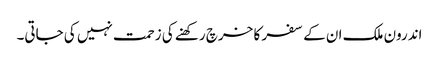
اندرون ملک ان کے سفر کا خرچ رکھنے کی زحمت نہیں کی جاتی۔